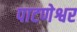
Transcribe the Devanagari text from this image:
पाटणेश्वर